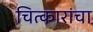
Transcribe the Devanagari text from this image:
चित्कारांचा